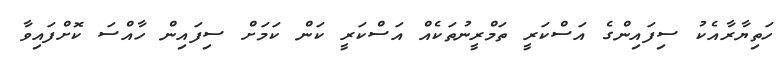
ހަތިޔާރާއެކު ސިފައިންގެ އަސްކަރީ ތަަމްރީނުތަކެއް އަސްކަރީ ކަން ކަމަށް ސިފައިން ހާއްސަ ކޮށްފައިވާ